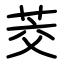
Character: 茭